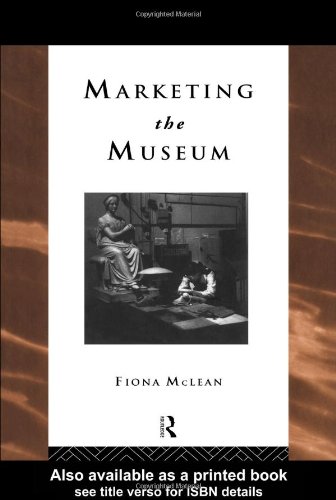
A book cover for Marketing the Museum (Heritage: Care-Preservation-Management); Fiona Mclean; Business & Money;